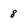
Character: 8